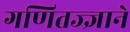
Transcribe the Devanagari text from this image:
गणितज्ज्ञाने